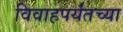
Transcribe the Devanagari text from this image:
विवाहपर्यंतच्या